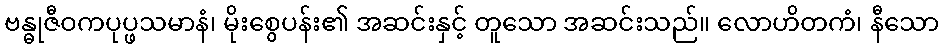
ဗန္ဓုဇီဝကပုပ္ဖသမာနံ၊ မိုးစွေပန်း၏ အဆင်းနှင့် တူသော အဆင်းသည်။ လောဟိတကံ၊ နီသော